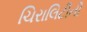
ચિરાલિટીની